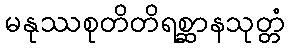
မနုဿစုတိတိရစ္ဆာနသုတ္တံ